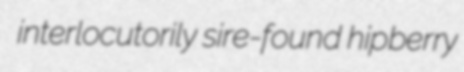
interlocutorily sire-found hipberry